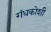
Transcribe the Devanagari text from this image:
गंधकोशी